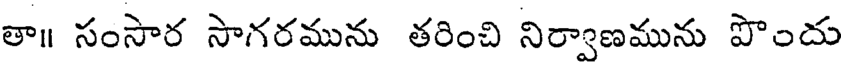
తా॥ సంసార సాగరమును తరించి నిర్వాణమును పొందు